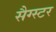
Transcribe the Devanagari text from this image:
सैग्स्टर